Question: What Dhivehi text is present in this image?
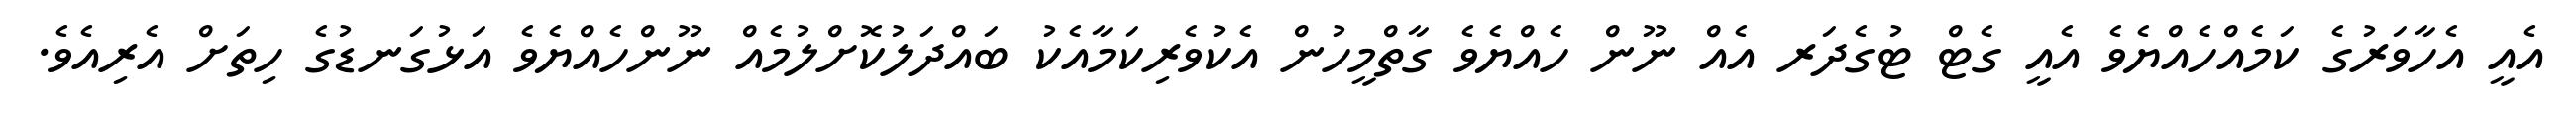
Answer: އެއީ އެހާވަރުގެ ކަމެއްހެއްޔެވެ އެއީ ގެޓް ޓުގެދަރ އެއް ނޫން ހެއްޔެވެ ގާތްމީހުން އެކުވެރިކަމާއެކު ބައްދަލުކޮށްލުމެއް ނޫންހެއްޔެވެ އަޅުގަނޑުގެ ހިތަށް އެރިއެވެ.